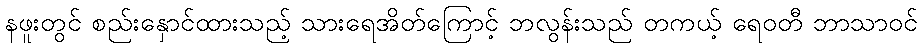
နဖူးတွင် စည်းနှောင်ထားသည့် သားရေအိတ်ကြောင့် ဘလွန်းသည် တကယ့် ရေဝတီ ဘာသာဝင်